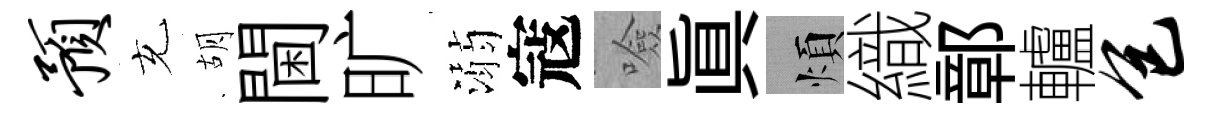
预充胡閫旷溺寇噞眞煩織鄣轤包